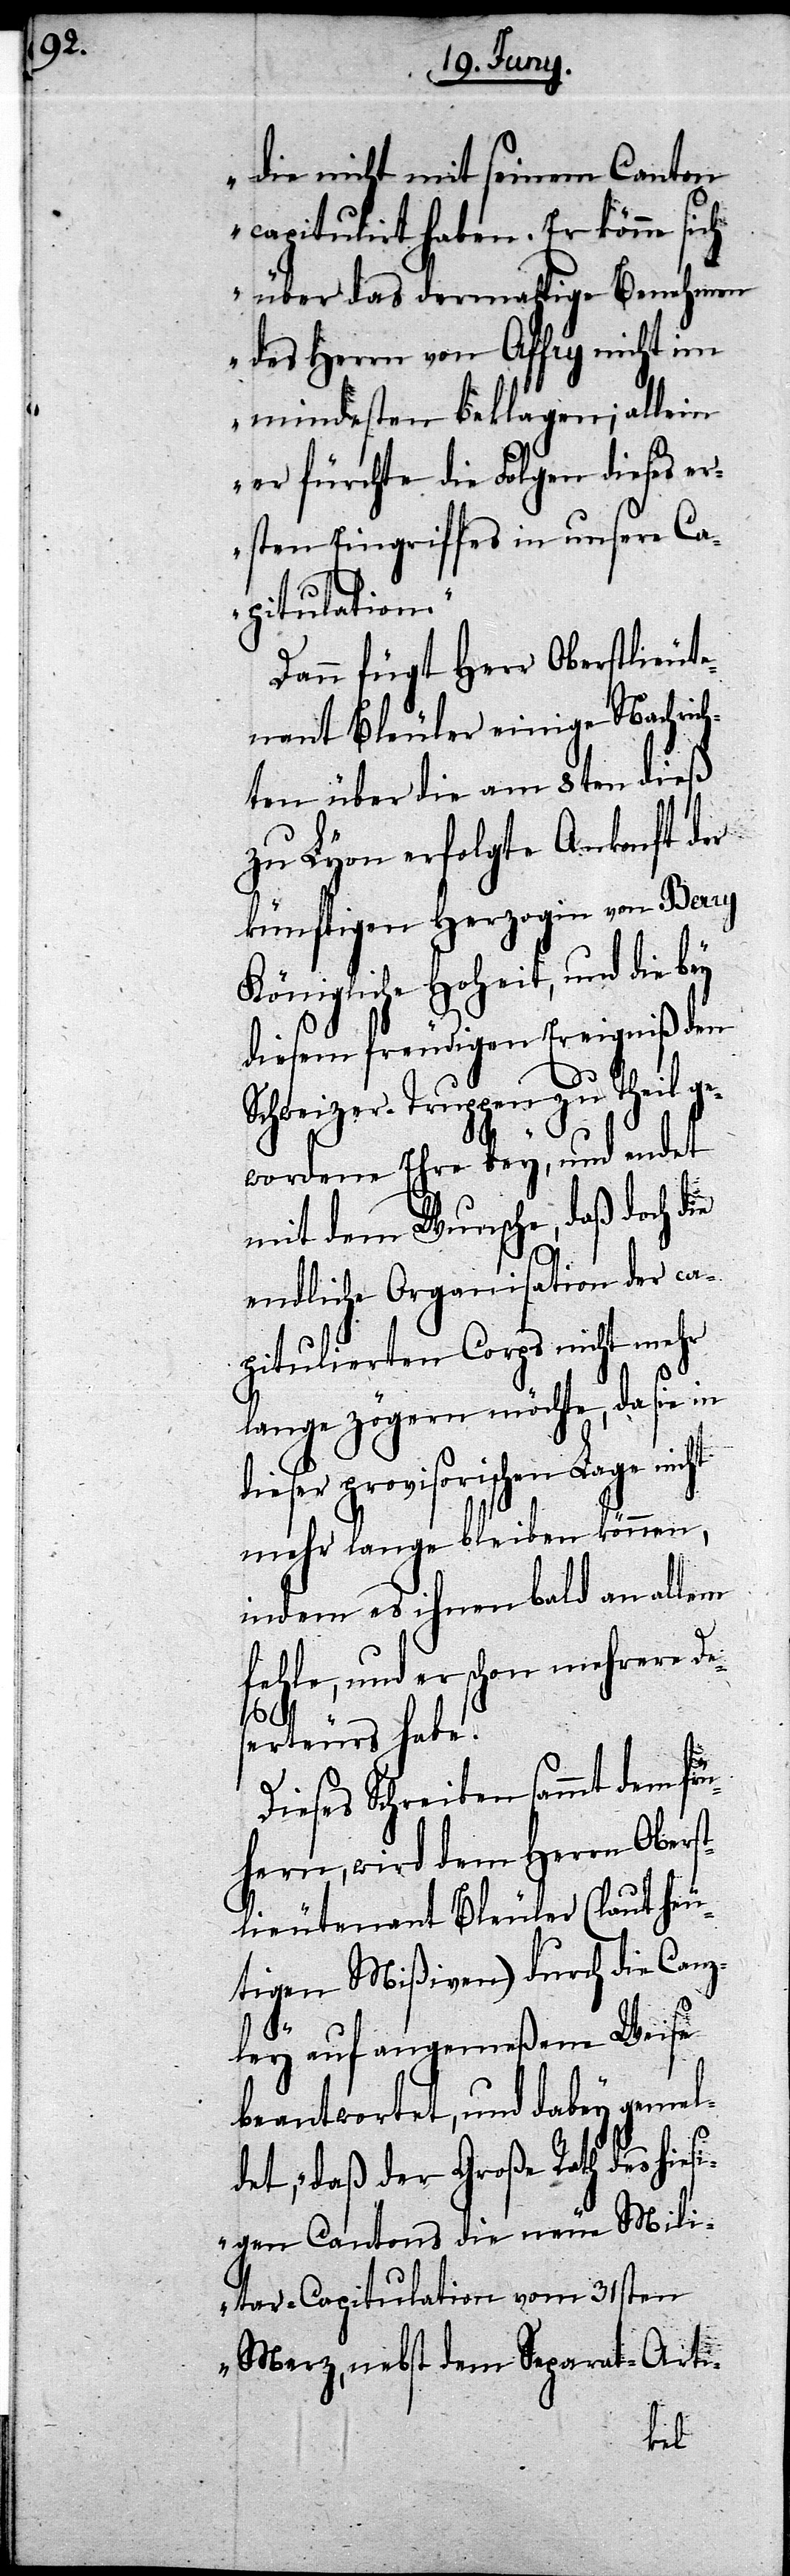
die nicht mit seinem Canton
capitulirt haben. Er könne sich
über das dermahlige Benehmen
des Herrn von Affry nicht im
mindesten beklagen; allein
er fürchte die Folgen dieses Er¬
sten Eingriffes in unsere Ca¬
pitulation.“
Dann fügt Herr Oberstlieute¬
nant Bleuler einige Nachrich¬
ten über die am 8ten dieß
zu Lyon erfolgte Ankonft der
künftigen Herzogin von Berry
Königliche Hoheit, und die bey
diesem freudigen Ereigniß den
Schweizer-Truppen zu Theil ge¬
wordene Ehre bey, und endet
mit dem Wunsche, daß doch die
endliche Organisation der ca¬
pitulierten Corps nicht mehr
lange zögern möchte, da sie in
dieser provisorischen Lage nicht
mehr lange bleiben können,
indem es ihnen bald an allem
fehle, und er schon mehrere Di¬
frü¬
serteurs habe.
Dieses Schreiben sammt dem
hern, wird dem Herrn Oberst¬
lieutenant Bleuler (laut heu¬
tigen Mißiven) durch die Canz¬
ley auf angemeßene Weise
beantwortet, und dabey gemel¬
det, „daß der Große Rath des hiesi¬
gen Cantons die neue Mili¬
tar-Capitulation vom 31sten
Merz, nebst dem Separat-Arti-